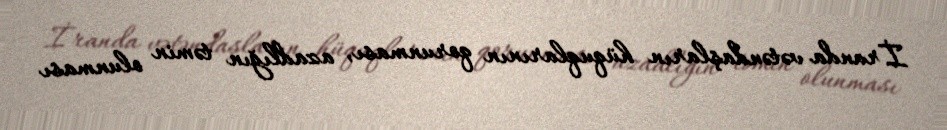
İranda vətəndaşların hüquqlarının qorunması, azadlığın təmin olunması